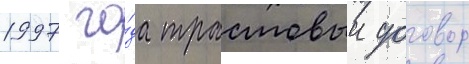
1997 го́да трастовыи договор